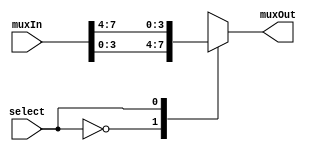
module cacheMux_2x1_4bit(output reg[3:0] muxOut, input [7:0] muxIn, input select);
	always @(muxIn or select)
	begin
		case(select)
			1'b0 : muxOut=muxIn[3:0];
			1'b1 : muxOut=muxIn[7:4];
		endcase

	end
endmodule